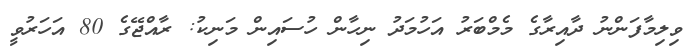
ވިލިމާފަންނު ދާއިރާގެ މެމްބަރު އަހުމަދު ނިހާން ހުސައިން މަނިކު: ރާއްޖޭގެ 80 އަހަރުވީ